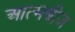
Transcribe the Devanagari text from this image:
आत्मबीज